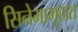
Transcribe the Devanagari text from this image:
सिनेमागृहात